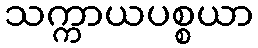
သက္ကာယပစ္စယာ